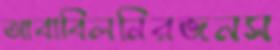
আবাবিলনিরজনস